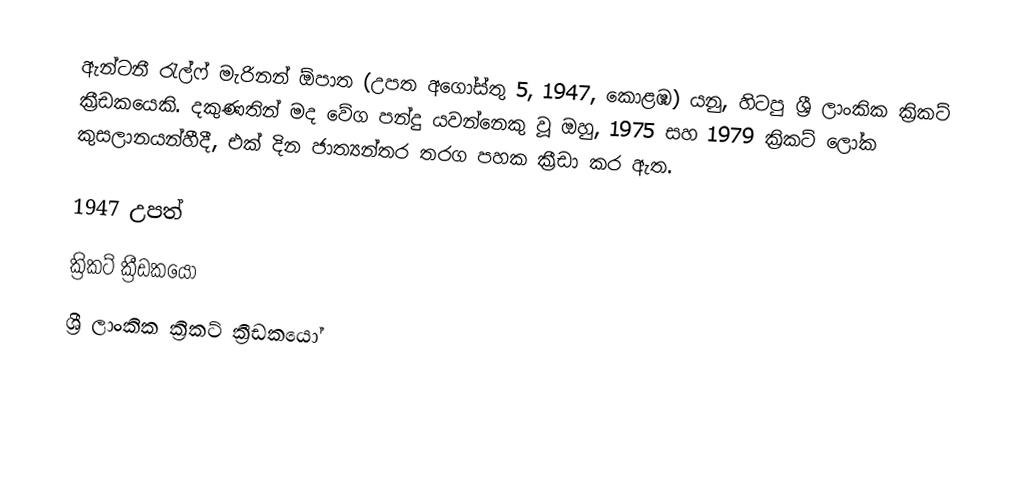
ඇන්ටනී රැල්ෆ් මැරිනන් ඕපාත (උපත අගෝස්තු 5, 1947, කොළඹ) යනු, හිටපු ශ්‍රී ලාංකික  ක්‍රිකට් ක්‍රීඩකයෙකි. දකුණතින් මද වේග පන්දු යවන්නෙකු වූ ඔහු, 1975 සහ   1979 ක්‍රිකට් ලෝක කුසලානයන්හීදී,  එක් දින ජාත්‍යන්තර තරග පහක ක්‍රීඩා කර ඇත.

1947 උපත්
ක්‍රිකට් ක්‍රීඩකයෝ
ශ්‍රී ලාංකික ක්‍රිකට් ක්‍රීඩකයෝ